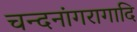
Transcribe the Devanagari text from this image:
चन्दनांगरागादि